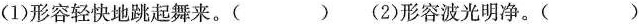
(1)形容轻快地跳起舞来。( ) (2)形容波光明净。( )